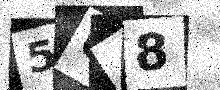
Text: 5U48